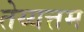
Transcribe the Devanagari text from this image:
तेय्यत्तम